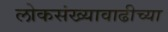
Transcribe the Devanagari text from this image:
लोकसंख्यावाढीच्या